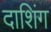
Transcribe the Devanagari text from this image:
दाशिंग